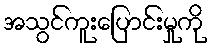
အသွင်ကူးပြောင်းမှုကို